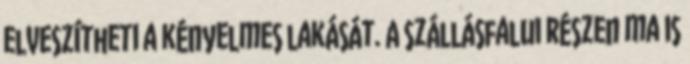
elveszítheti a kényelmes lakását. A szállásfalui részen ma is